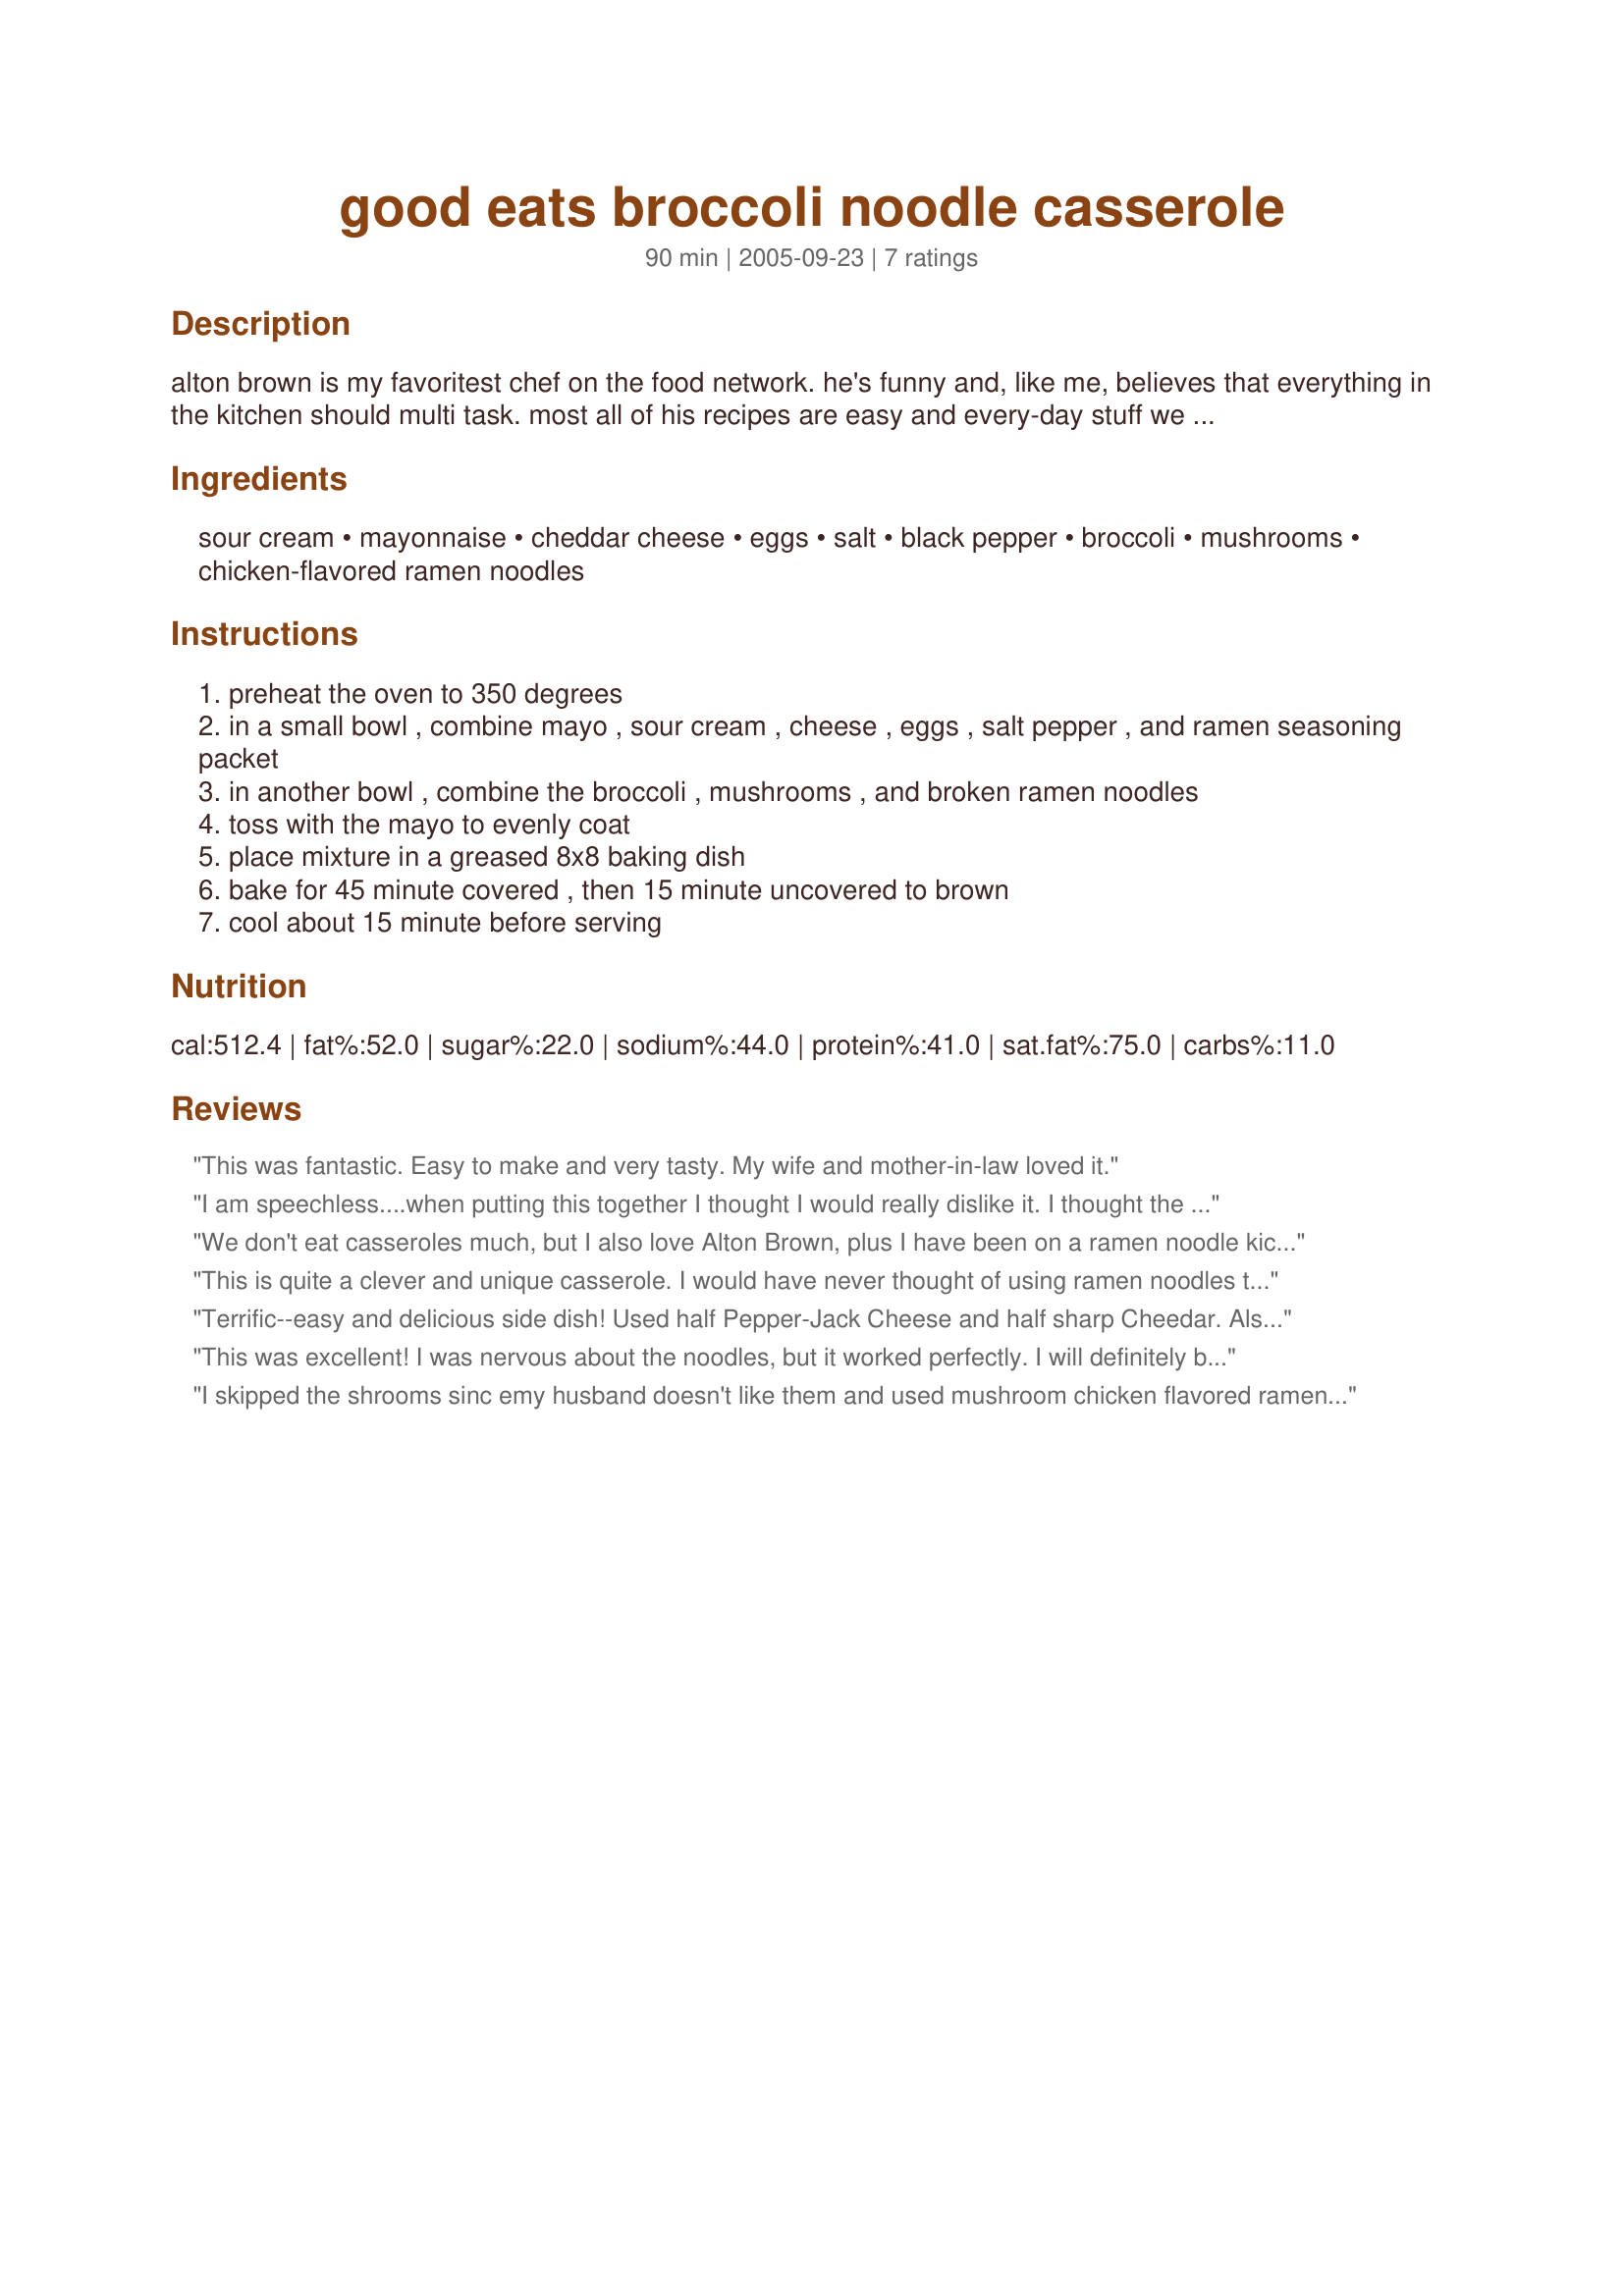
good eats broccoli noodle casserole
Preparation time: 90 minutes

alton brown is my favoritest chef on the food network. he's funny and, like me, believes that everything in the kitchen should multi task. most all of his recipes are easy and every-day stuff we can all enjoy. (let's face it, some of those dishes from some of those cooks are a little too much trouble if you've got a hungry bunch or your market has limited selections.) this one, however, is simple and darn good.

Ingredients:
sour cream, mayonnaise, cheddar cheese, eggs, salt, black pepper, broccoli, mushrooms, chicken-flavored ramen noodles

Steps:
preheat the oven to 350 degrees
in a small bowl , combine mayo , sour cream , cheese , eggs , salt pepper , and ramen seasoning packet
in another bowl , combine the broccoli , mushrooms , and broken ramen noodles
toss with the mayo to evenly coat
place mixture in a greased 8x8 baking dish
bake for 45 minute covered , then 15 minute uncovered to brown
cool about 15 minute before serving

Reviews:
This was fantastic. Easy to make and very tasty. My wife and mother-in-law loved it.
I am speechless....when putting this together I thought I would really dislike it. I thought the cheese would be too dominant, the ramen too crunchy, and the casserole would be dry. Absolutely NOT true to all of the above. It is amazing! I used about 3 cups of frozen (but thawed) chopped broccoli and 2 cups of chopped cooked chicken. I used fresh mushrooms sauteed in a bit of butter, and I also added about 1.4c. chopped red pepper (mainly for some color pizzazz) that was also sauteed in butter. The texture of this casserole is amazing and the flavor spectacular. I have found a new favorite. It would be great with leftover Thanksgiving turkey or Christmas ham as well. My only piece of advice is to crumble the ramen IN the packet before opening it. My hands were nearly shredded buy the time I finished doing it with my bare hands.
We don't eat casseroles much, but I also love Alton Brown, plus I have been on a ramen noodle kick lately, so I made this yesterday. Very tasty. Good and cheesy. I also added chopped, cooked chicken. Looking forward to the leftovers.
This is quite a clever and unique casserole. I would have never thought of using ramen noodles this way. It really works and it is delicious. I used fresh (sauteed) sliced mushrooms instead of canned. This is a great side when you want something different. Thanx for posting. Miss you, RE!
Terrific--easy and delicious side dish! Used half Pepper-Jack Cheese and half sharp Cheedar. Also only used one can of mushrooms and added a small can of chopped chiles--really yummy! This is going to be a frequent visitor to our supper table! Thanks for posting this recipe.
This was excellent! I was nervous about the noodles, but it worked perfectly. I will definitely be making this again!
I skipped the shrooms sinc emy husband doesn't like them and used mushroom chicken flavored ramen to replace the flavor. i added chicken chunks to make it a full meal.
my husband loved it. i thought it was 'good'.
